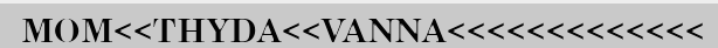
MOM<<THYDA<<VANNA<<<<<<<<<<<<<